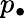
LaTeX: p_{\bullet}